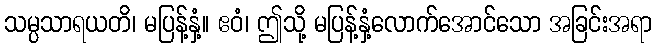
သမ္ပသာရယတိ၊ မပြန့်နှံ့။ ဧဝံ၊ ဤသို့ မပြန့်နှံ့လောက်အောင်သော အခြင်းအရာ